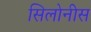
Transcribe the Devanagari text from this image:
सिलोनीस